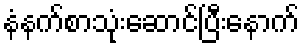
နံနက်စာသုံးဆောင်ပြီးနောက်